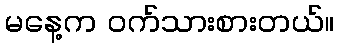
မနေ့က ဝက်သားစားတယ်။